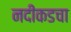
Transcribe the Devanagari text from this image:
नदीकडचा